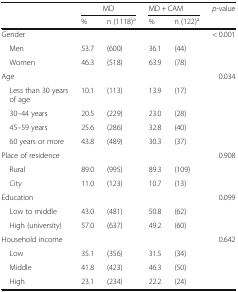
<table><thead><tr><td></td><td colspan="2"><b>MD</b></td><td colspan="2"><b>MD + CAM</b></td><td><b><i>p</i>-value</b></td></tr><tr><td></td><td><b>%</b></td><td><b>n (1118)<sup>a</sup></b></td><td><b>%</b></td><td><b>n (122)<sup>a</sup></b></td><td></td></tr></thead><tbody><tr><td>Gender</td><td></td><td></td><td></td><td></td><td>&lt; 0.001</td></tr><tr><td> Men</td><td>53.7</td><td>(600)</td><td>36.1</td><td>(44)</td><td></td></tr><tr><td> Women</td><td>46.3</td><td>(518)</td><td>63.9</td><td>(78)</td><td></td></tr><tr><td>Age</td><td></td><td></td><td></td><td></td><td>0.034</td></tr><tr><td> Less than 30 years of age</td><td>10.1</td><td>(113)</td><td>13.9</td><td>(17)</td><td></td></tr><tr><td> 30–44 years</td><td>20.5</td><td>(229)</td><td>23.0</td><td>(28)</td><td></td></tr><tr><td> 45–59 years</td><td>25.6</td><td>(286)</td><td>32.8</td><td>(40)</td><td></td></tr><tr><td> 60 years or more</td><td>43.8</td><td>(489)</td><td>30.3</td><td>(37)</td><td></td></tr><tr><td>Place of residence</td><td></td><td></td><td></td><td></td><td>0.908</td></tr><tr><td> Rural</td><td>89.0</td><td>(995)</td><td>89.3</td><td>(109)</td><td></td></tr><tr><td> City</td><td>11.0</td><td>(123)</td><td>10.7</td><td>(13)</td><td></td></tr><tr><td>Education</td><td></td><td></td><td></td><td></td><td>0.099</td></tr><tr><td> Low to middle</td><td>43.0</td><td>(481)</td><td>50.8</td><td>(62)</td><td></td></tr><tr><td> High (university)</td><td>57.0</td><td>(637)</td><td>49.2</td><td>(60)</td><td></td></tr><tr><td>Household income</td><td></td><td></td><td></td><td></td><td>0.642</td></tr><tr><td> Low</td><td>35.1</td><td>(356)</td><td>31.5</td><td>(34)</td><td></td></tr><tr><td> Middle</td><td>41.8</td><td>(423)</td><td>46.3</td><td>(50)</td><td></td></tr><tr><td> High</td><td>23.1</td><td>(234)</td><td>22.2</td><td>(24)</td><td></td></tr></tbody></table>